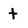
Character: t